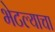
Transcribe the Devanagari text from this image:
भेटल्याचा